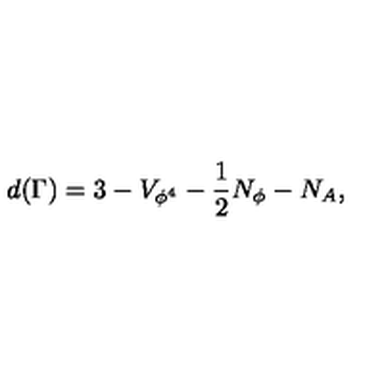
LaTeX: d ( \Gamma ) = 3 - V _ { \phi ^ { 4 } } - \frac { 1 } { 2 } N _ { \phi } - N _ { A } ,